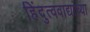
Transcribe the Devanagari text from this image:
हिंदुत्ववाद्यांच्या